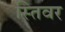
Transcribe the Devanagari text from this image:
स्तिवर